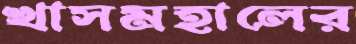
খাসমহালের